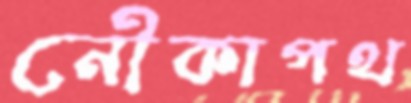
নৌকাপথ